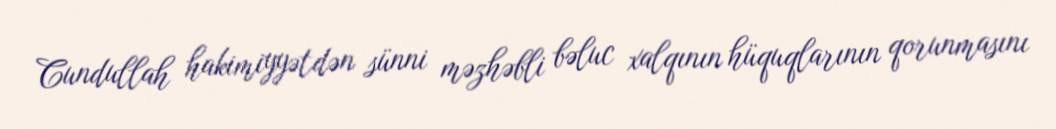
Cundullah hakimiyyətdən sünni məzhəbli bəluc xalqının hüquqlarının qorunmasını